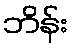
ဘိန်း